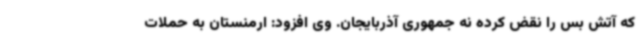
که آتش بس را نقض کرده نه جمهوری آذربایجان. وی افزود: ارمنستان به حملات